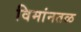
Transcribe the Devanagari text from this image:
विमांनतळ